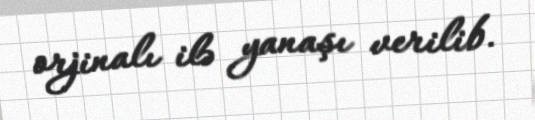
orjinalı ilə yanaşı verilib.